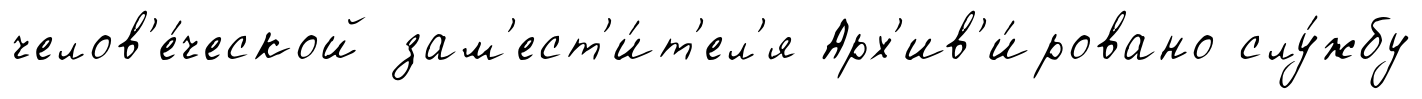
челов'е́ческой зам'ест'и́т'ел'я Арх'ив'и́ровано слу́жбу